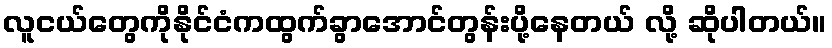
လူငယ်တွေကိုနိုင်ငံကထွက်ခွာအောင်တွန်းပို့နေတယ် လို့ ဆိုပါတယ်။